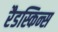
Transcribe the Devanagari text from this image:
रैडस्किन्स